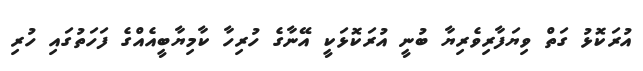
އުރަކޮޅު ގަތް ވިޔަފާރިވެރިޔާ ބުނީ އުރަކޮޅަކީ އޭނާގެ ހުރިހާ ކާމިޔާބީއެއްގެ ފަހަތުގައި ހުރި